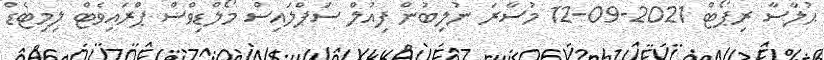
ޙުލާސާ ރިޕޯޓް 2021-09-12 މުސާރަ ނުލިބުން ފިއުލް ސަޕްލައިސް މޯލްޑިވްސް ޕްރައިވެޓް ލިމިޓެޑް